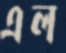
এল